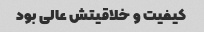
کیفیت و خلاقیتش عالی بود